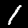
Digit: 1